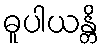
ဓူပါယန္တိ